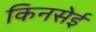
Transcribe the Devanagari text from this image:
किनसेई